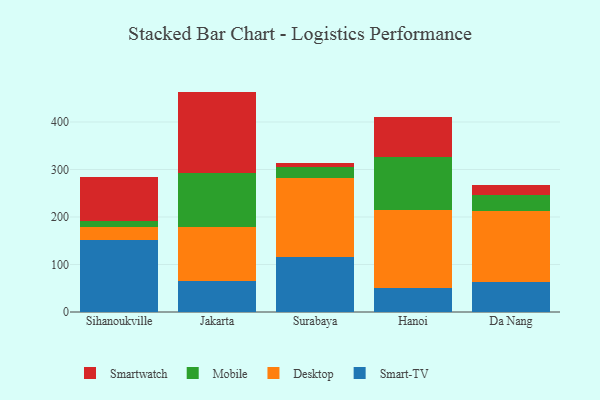
{"axis": {"x": "City", "y": "Market Share (%)"}, "legend": ["Desktop", "Mobile", "Smart-TV", "Smartwatch"], "data": [{"x": "Sihanoukville", "y": 151.0, "type": "Smart-TV"}, {"x": "Sihanoukville", "y": 27.6, "type": "Desktop"}, {"x": "Sihanoukville", "y": 12.0, "type": "Mobile"}, {"x": "Sihanoukville", "y": 94.6, "type": "Smartwatch"}, {"x": "Jakarta", "y": 65.3, "type": "Smart-TV"}, {"x": "Jakarta", "y": 113.7, "type": "Desktop"}, {"x": "Jakarta", "y": 114.2, "type": "Mobile"}, {"x": "Jakarta", "y": 170.8, "type": "Smartwatch"}, {"x": "Surabaya", "y": 115.5, "type": "Smart-TV"}, {"x": "Surabaya", "y": 167.1, "type": "Desktop"}, {"x": "Surabaya", "y": 21.7, "type": "Mobile"}, {"x": "Surabaya", "y": 9.4, "type": "Smartwatch"}, {"x": "Hanoi", "y": 49.6, "type": "Smart-TV"}, {"x": "Hanoi", "y": 164.9, "type": "Desktop"}, {"x": "Hanoi", "y": 112.5, "type": "Mobile"}, {"x": "Hanoi", "y": 83.0, "type": "Smartwatch"}, {"x": "Da Nang", "y": 64.1, "type": "Smart-TV"}, {"x": "Da Nang", "y": 147.5, "type": "Desktop"}, {"x": "Da Nang", "y": 35.5, "type": "Mobile"}, {"x": "Da Nang", "y": 19.9, "type": "Smartwatch"}]}